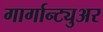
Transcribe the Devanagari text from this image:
गार्गान्ट्युअर